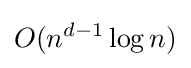
O(n^{d-1}\log n)